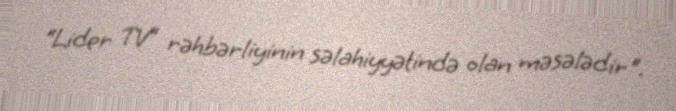
“Lider TV” rəhbərliyinin səlahiyyətində olan məsələdir".